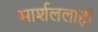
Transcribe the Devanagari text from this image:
मार्शललाही